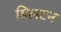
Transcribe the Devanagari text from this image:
मिलटन